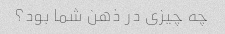
چه چیزی در ذهن شما بود؟